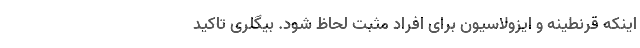
اینکه قرنطینه و ایزولاسیون برای افراد مثبت لحاظ شود. بیگلری تاکید